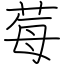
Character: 莓